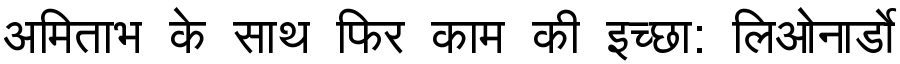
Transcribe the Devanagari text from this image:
अमिताभ के साथ फिर काम की इच्छा: लिओनार्डो